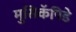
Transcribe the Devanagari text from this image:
मुसिकॅपिडे